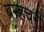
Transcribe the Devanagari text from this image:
ब्रम्हचरी